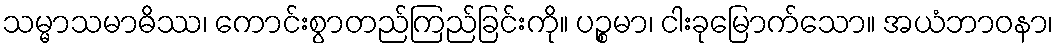
သမ္မာသမာဓိဿ၊ ကောင်းစွာတည်ကြည်ခြင်းကို။ ပဉ္စမာ၊ ငါးခုမြောက်သော။ အယံဘာဝနာ၊